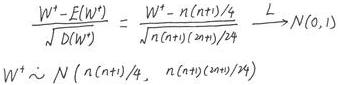
\[
\frac{W^+ - E(W^+)}{\sqrt{D(W^+)}} = \frac{W^+ - n(n+1)/4}{\sqrt{n(n+1)(2n+1)/24}} \xrightarrow{L} N(0,1) \\
W^+ \sim N\left( \frac{n(n + 1)}{4}, \frac{n(n + 1)(2n + 1)}{24} \right)
\]